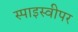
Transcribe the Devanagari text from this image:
स्पाइस्वीपर